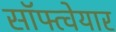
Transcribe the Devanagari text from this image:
सॉफ्त्वेयार